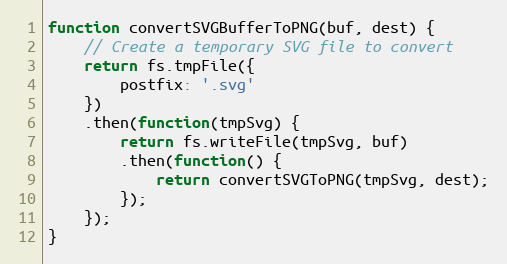
Language: JavaScript
function convertSVGBufferToPNG(buf, dest) {
    // Create a temporary SVG file to convert
    return fs.tmpFile({
        postfix: '.svg'
    })
    .then(function(tmpSvg) {
        return fs.writeFile(tmpSvg, buf)
        .then(function() {
            return convertSVGToPNG(tmpSvg, dest);
        });
    });
}